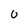
Character: 0